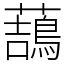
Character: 䕵